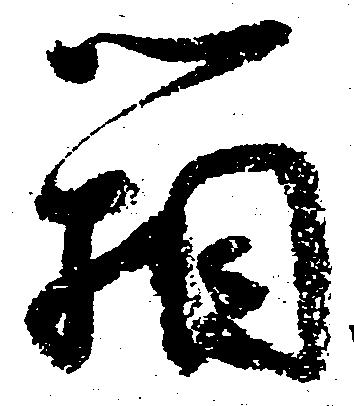
箱